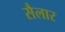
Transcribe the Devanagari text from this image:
सैलार